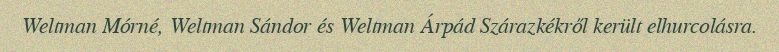
Weltman Mórné, Weltman Sándor és Weltman Árpád Szárazkékről került elhurcolásra.